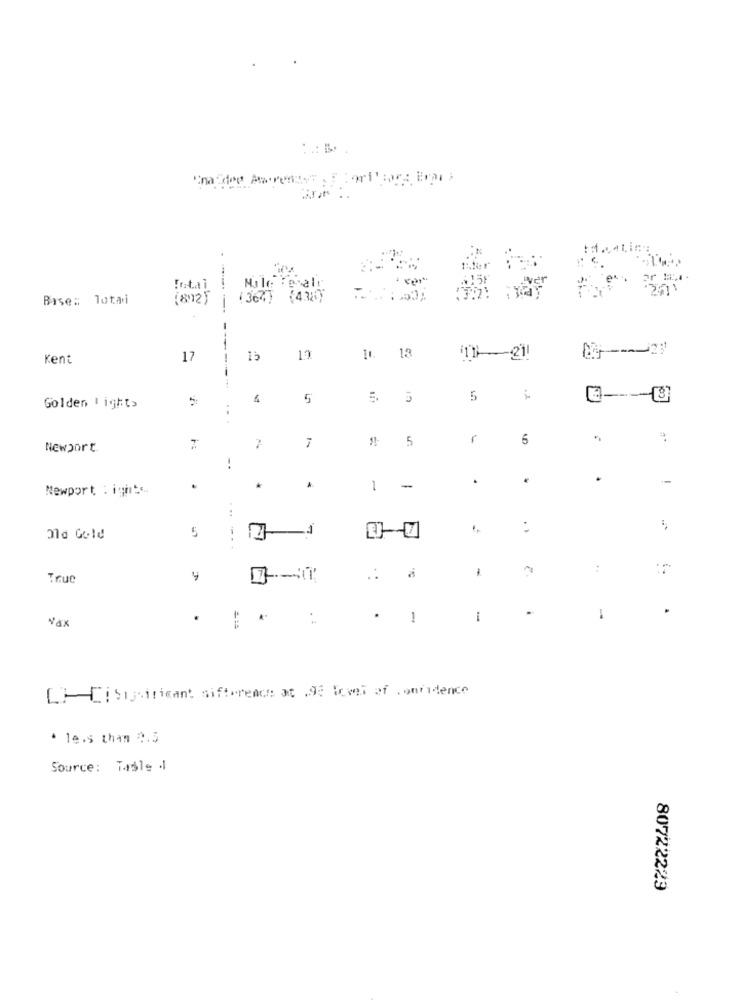
ffer
Total
Male Female
Base: lotai
(82)
(364) $438)
---- --
-
Kent
17
15
12
11. 18
(11-21!
5
5
In
5
Golden light>
...
5
r
5
Newport
7
-.
.
Newport : ights
1
-
1
:
Old Gold
5
1
True
" .
. :
.
-
i
-
Nax
LICI Siparient sifterence at 98 Fomei of confidence
* less than 9.3
Source: Tasle 1
80722229